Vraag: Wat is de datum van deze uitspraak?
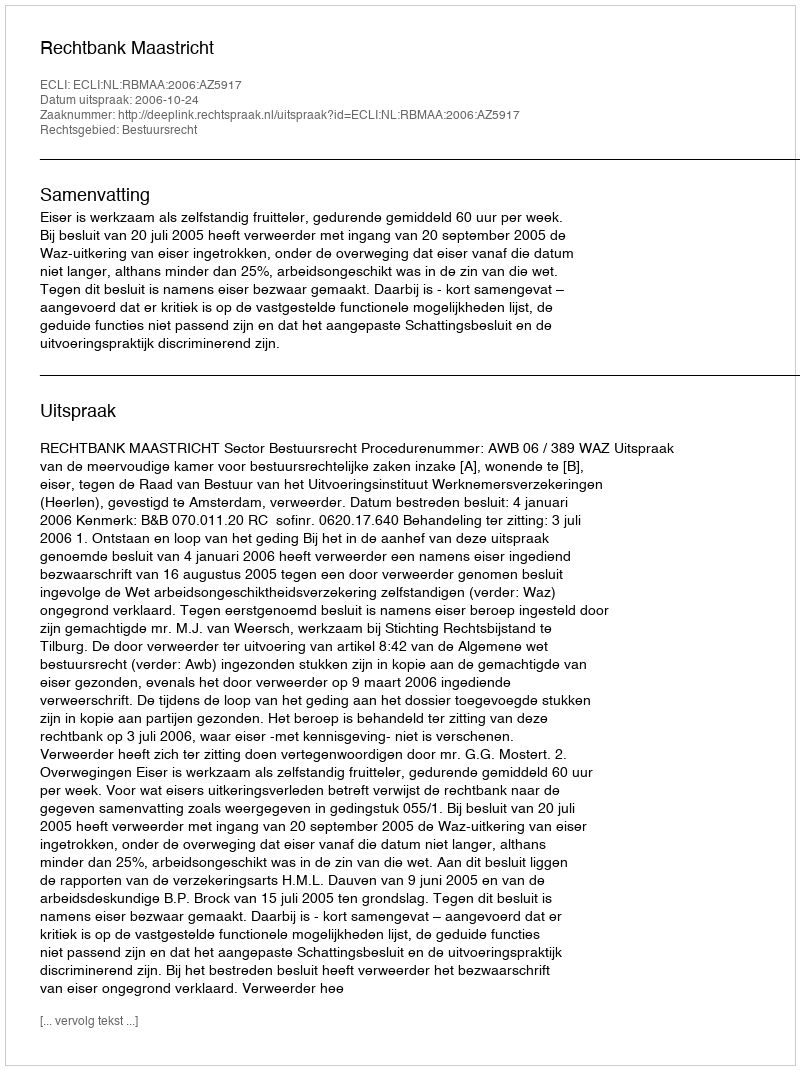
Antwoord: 2006-10-24